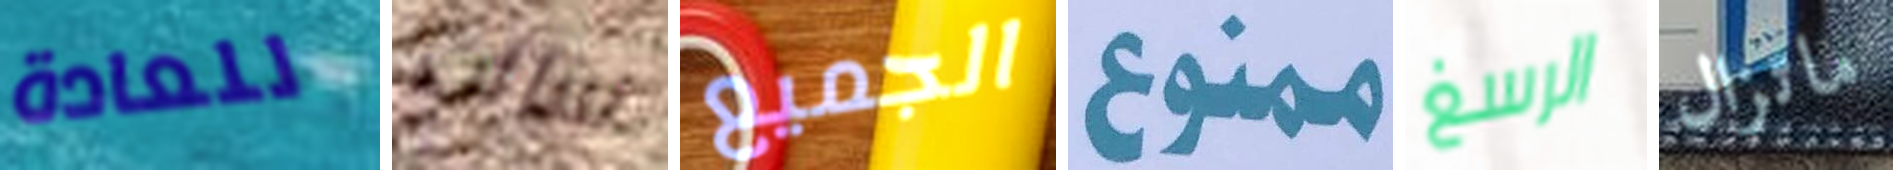
للعادة سالت الجميع ممنوع الرسغ ماتزال